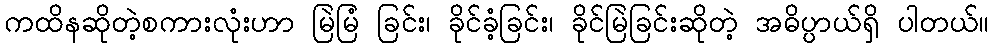
ကထိနဆိုတဲ့စကားလုံးဟာ မြဲမြံ ခြင်း၊ ခိုင်ခံ့ခြင်း၊ ခိုင်မြဲခြင်းဆိုတဲ့ အဓိပ္ပာယ်ရှိ ပါတယ်။